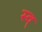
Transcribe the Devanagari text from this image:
स्व्